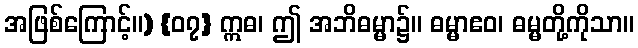
အဖြစ်ကြောင့်။) {၀၇} ဣဓ၊ ဤ အဘိဓမ္မာ၌။ ဓမ္မာဧဝ၊ ဓမ္မတို့ကိုသာ။